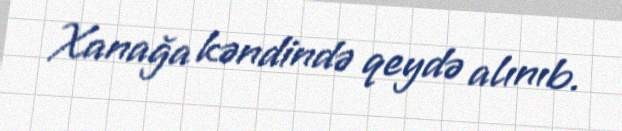
Xanağa kəndində qeydə alınıb.